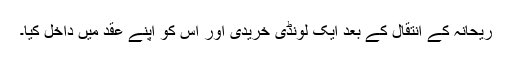
ریحانہ کے انتقال کے بعد ایک لونڈی خریدی اور اس کو اپنے عقد میں داخل کیا۔